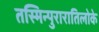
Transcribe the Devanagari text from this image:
तस्मिन्पुरारातिलोके